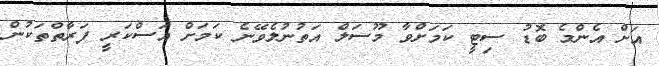
އަށް އެންމެ ބޮޑު ސިޓީ ކަމަށްވާ މޫސަލް އަތުނުލެވޭނެ ކަމަށް އަސްކަރީ ފަރާތްތަކުން